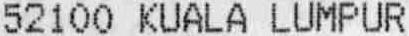
52100 KUALA LUMPUR